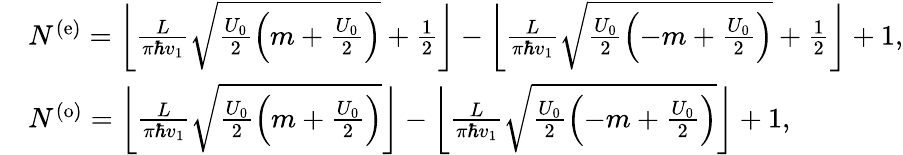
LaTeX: \begin{array}{rl}&{N^{(\operatorname{e})}=\left\lfloor\frac{L}{\pi\hbar v_{1}}\sqrt{\frac{U_{0}}{2}\left(m+\frac{U_{0}}{2}\right)}+\frac{1}{2}\right\rfloor-\left\lfloor\frac{L}{\pi\hbar v_{1}}\sqrt{\frac{U_{0}}{2}\left(-m+\frac{U_{0}}{2}\right)}+\frac{1}{2}\right\rfloor+1,}\\ &{N^{(\operatorname{o})}=\left\lfloor\frac{L}{\pi\hbar v_{1}}\sqrt{\frac{U_{0}}{2}\left(m+\frac{U_{0}}{2}\right)}\right\rfloor-\left\lfloor\frac{L}{\pi\hbar v_{1}}\sqrt{\frac{U_{0}}{2}\left(-m+\frac{U_{0}}{2}\right)}\right\rfloor+1,}\end{array}